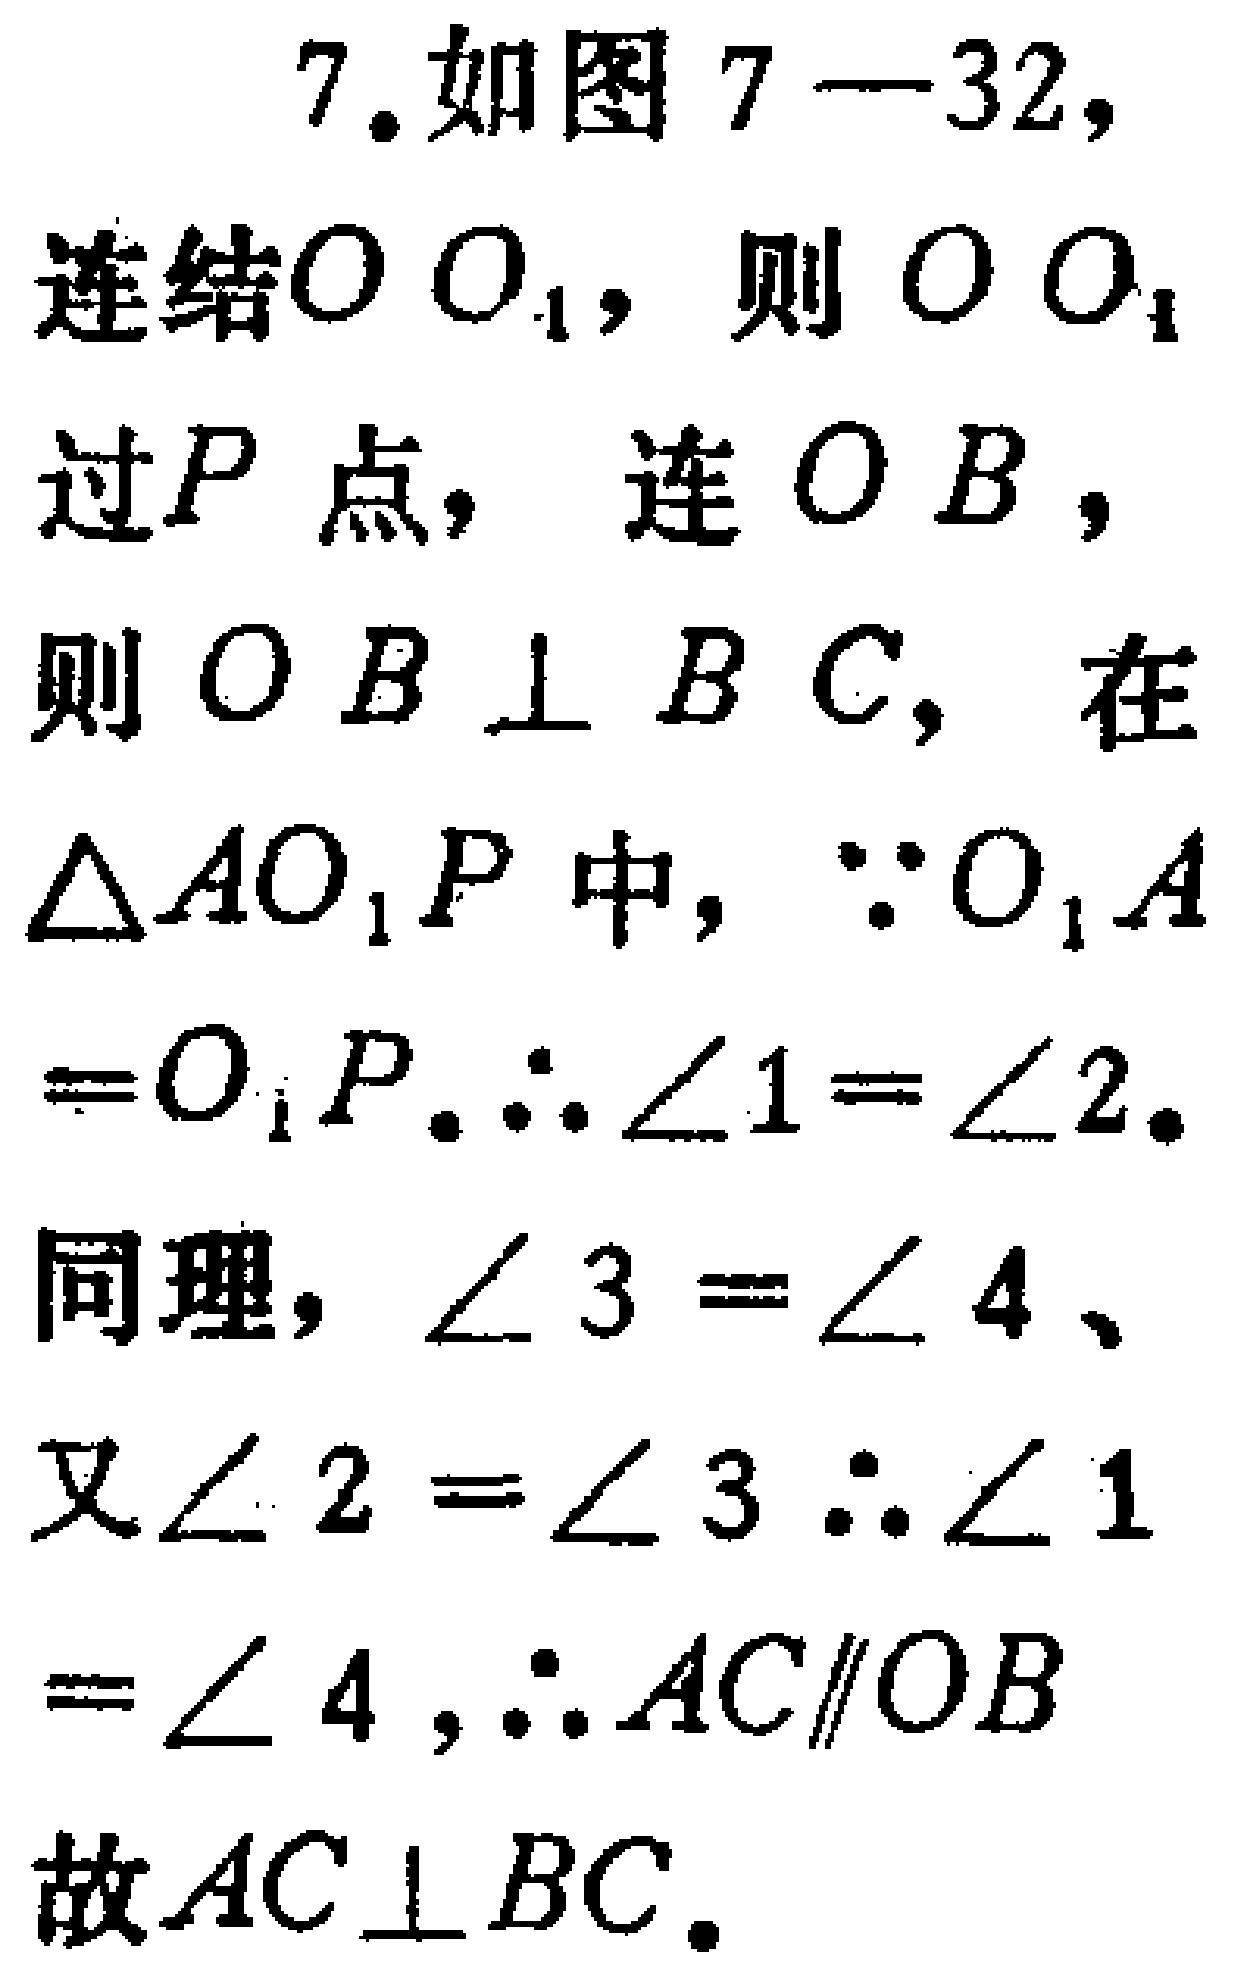
7. 如图7—32，

连结\(OO_{1}\)，则\(OO_{1}\)

过\(P\)点，连\(OB\)，

则\(OB\perp BC\)，在

\(\triangle AO_{1}P\)中，\(\because O_{1}A\)

\(=O_{1}P\).\(\therefore\angle1 = \angle2\).

同理，\(\angle3 = \angle4\)、

又\(\angle2 = \angle3\)\(\therefore\angle1\)

\(=\angle4\)，\(\therefore AC\parallel OB\)

故\(AC\perp BC\).